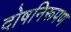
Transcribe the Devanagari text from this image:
दोषनिरूपण